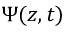
\Psi ( z , t )